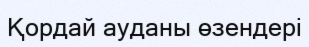
Қордай ауданы өзендері